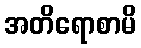
အတိရောစာမိ